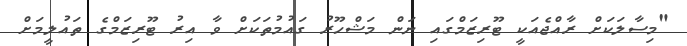
"މިސާލަކަށް ރާއްޖެއަކީ ޓޫރިޒަމްގައި ނަން މަޝްހޫރު ގައުމުތަކަށް ވާ އިރު ޓޫރިޒަމްގެ ތައުލީމަށް